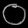
Digit: ၀